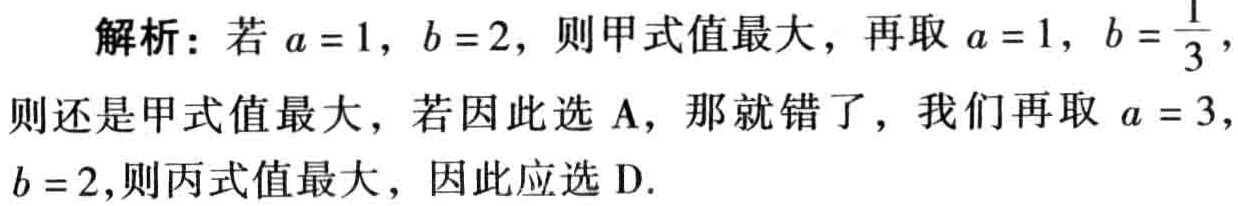
解析：若\(a = 1\)，\(b = 2\)，则甲式值最大，再取\(a = 1\)，\(b = \frac{1}{3}\)，则还是甲式值最大，若因此选A，那就错了，我们再取\(a = 3\)，\(b = 2\)，则丙式值最大，因此应选D.